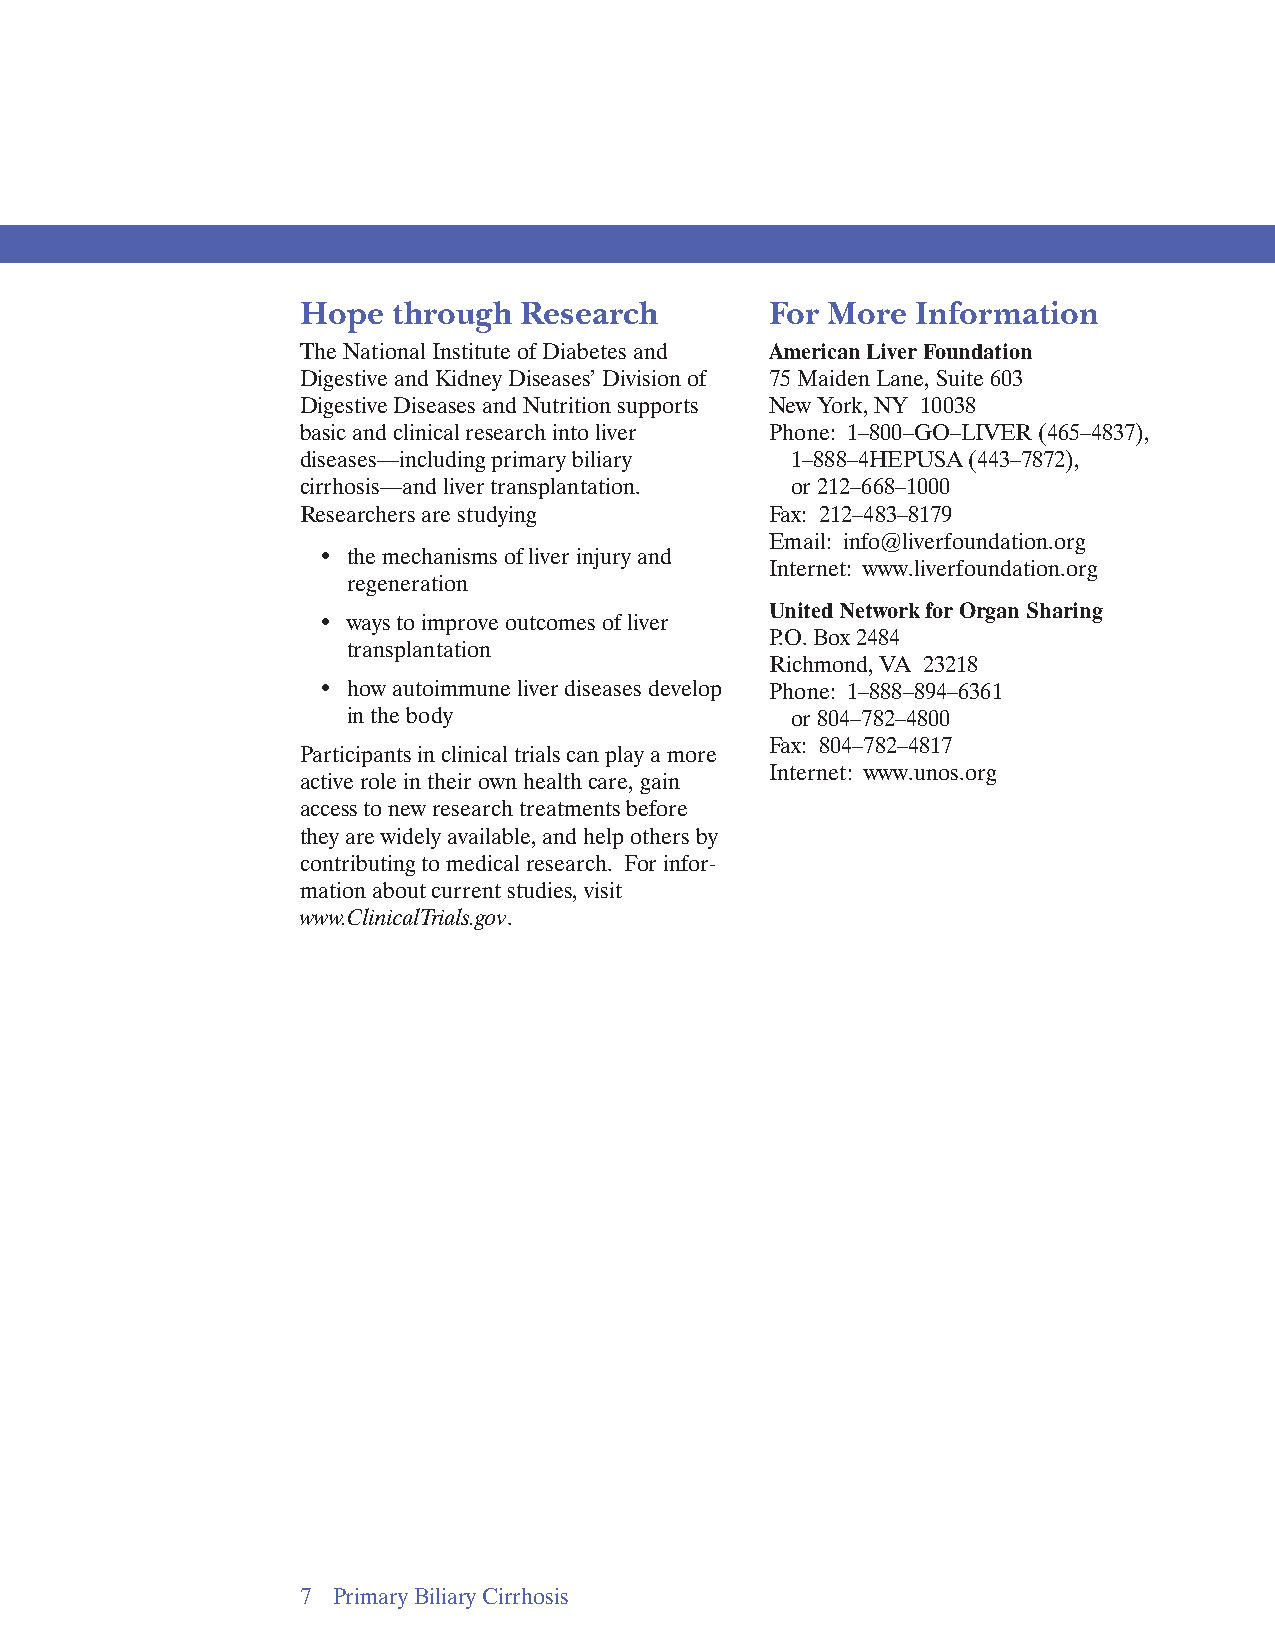
Hope  through Research         For More  Information
 The National Institute of Diabetes and American Liver Foundation
 Digestive and Kidney Diseases’ Division of 75 Maiden Lane, Suite 603
 Digestive Diseases and Nutrition supports New York, NY 10038
 basic and clinical research into liver Phone: 1–800–GO–LIVER (465–4837),
 diseases—including primary biliary 1–888–4HEPUSA (443–7872),
 cirrhosis—and liver transplantation. or 212–668–1000
 Researchers are studying       Fax: 212–483–8179
 Email: info@liverfoundation.org
 • the mechanisms of liver injury and
 Internet: www.liverfoundation.org
 regeneration
 United Network for Organ Sharing
 • ways to improve outcomes of liver
 P.O. Box 2484
 transplantation
 Richmond, VA 23218
 • how autoimmune liver diseases develop Phone: 1–888–894–6361
 in the body                  or 804–782–4800
 Fax: 804–782–4817
 Participants in clinical trials can play a more
 Internet: www.unos.org
 active role in their own health care, gain
 access to new research treatments before
 they are widely available, and help others by
 contributing to medical research. For infor­
 mation about current studies, visit
 www.ClinicalTrials.gov.
 7 Primary Biliary Cirrhosis